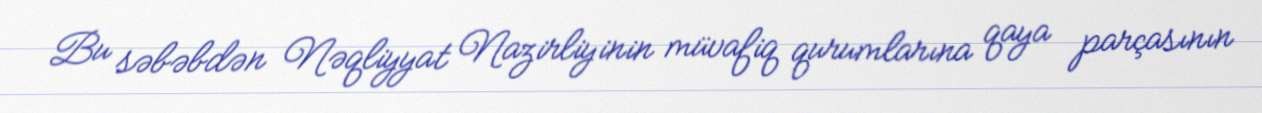
Bu səbəbdən Nəqliyyat Nazirliyinin müvafiq qurumlarına qaya parçasının